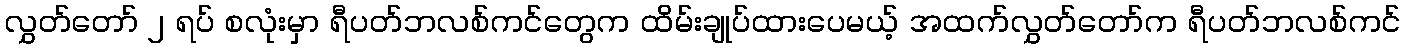
လွှတ်တော် ၂ ရပ် စလုံးမှာ ရီပတ်ဘလစ်ကင်တွေက ထိမ်းချုပ်ထားပေမယ့် အထက်လွှတ်တော်က ရီပတ်ဘလစ်ကင်